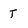
Character: t